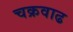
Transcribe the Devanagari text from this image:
चक्रवाढ